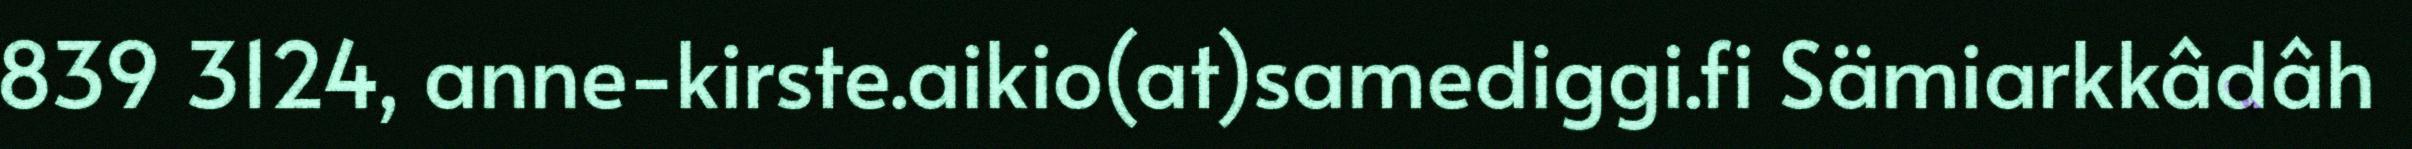
839 3124, anne-kirste.aikio(at)samediggi.fi Sämiarkkâdâh